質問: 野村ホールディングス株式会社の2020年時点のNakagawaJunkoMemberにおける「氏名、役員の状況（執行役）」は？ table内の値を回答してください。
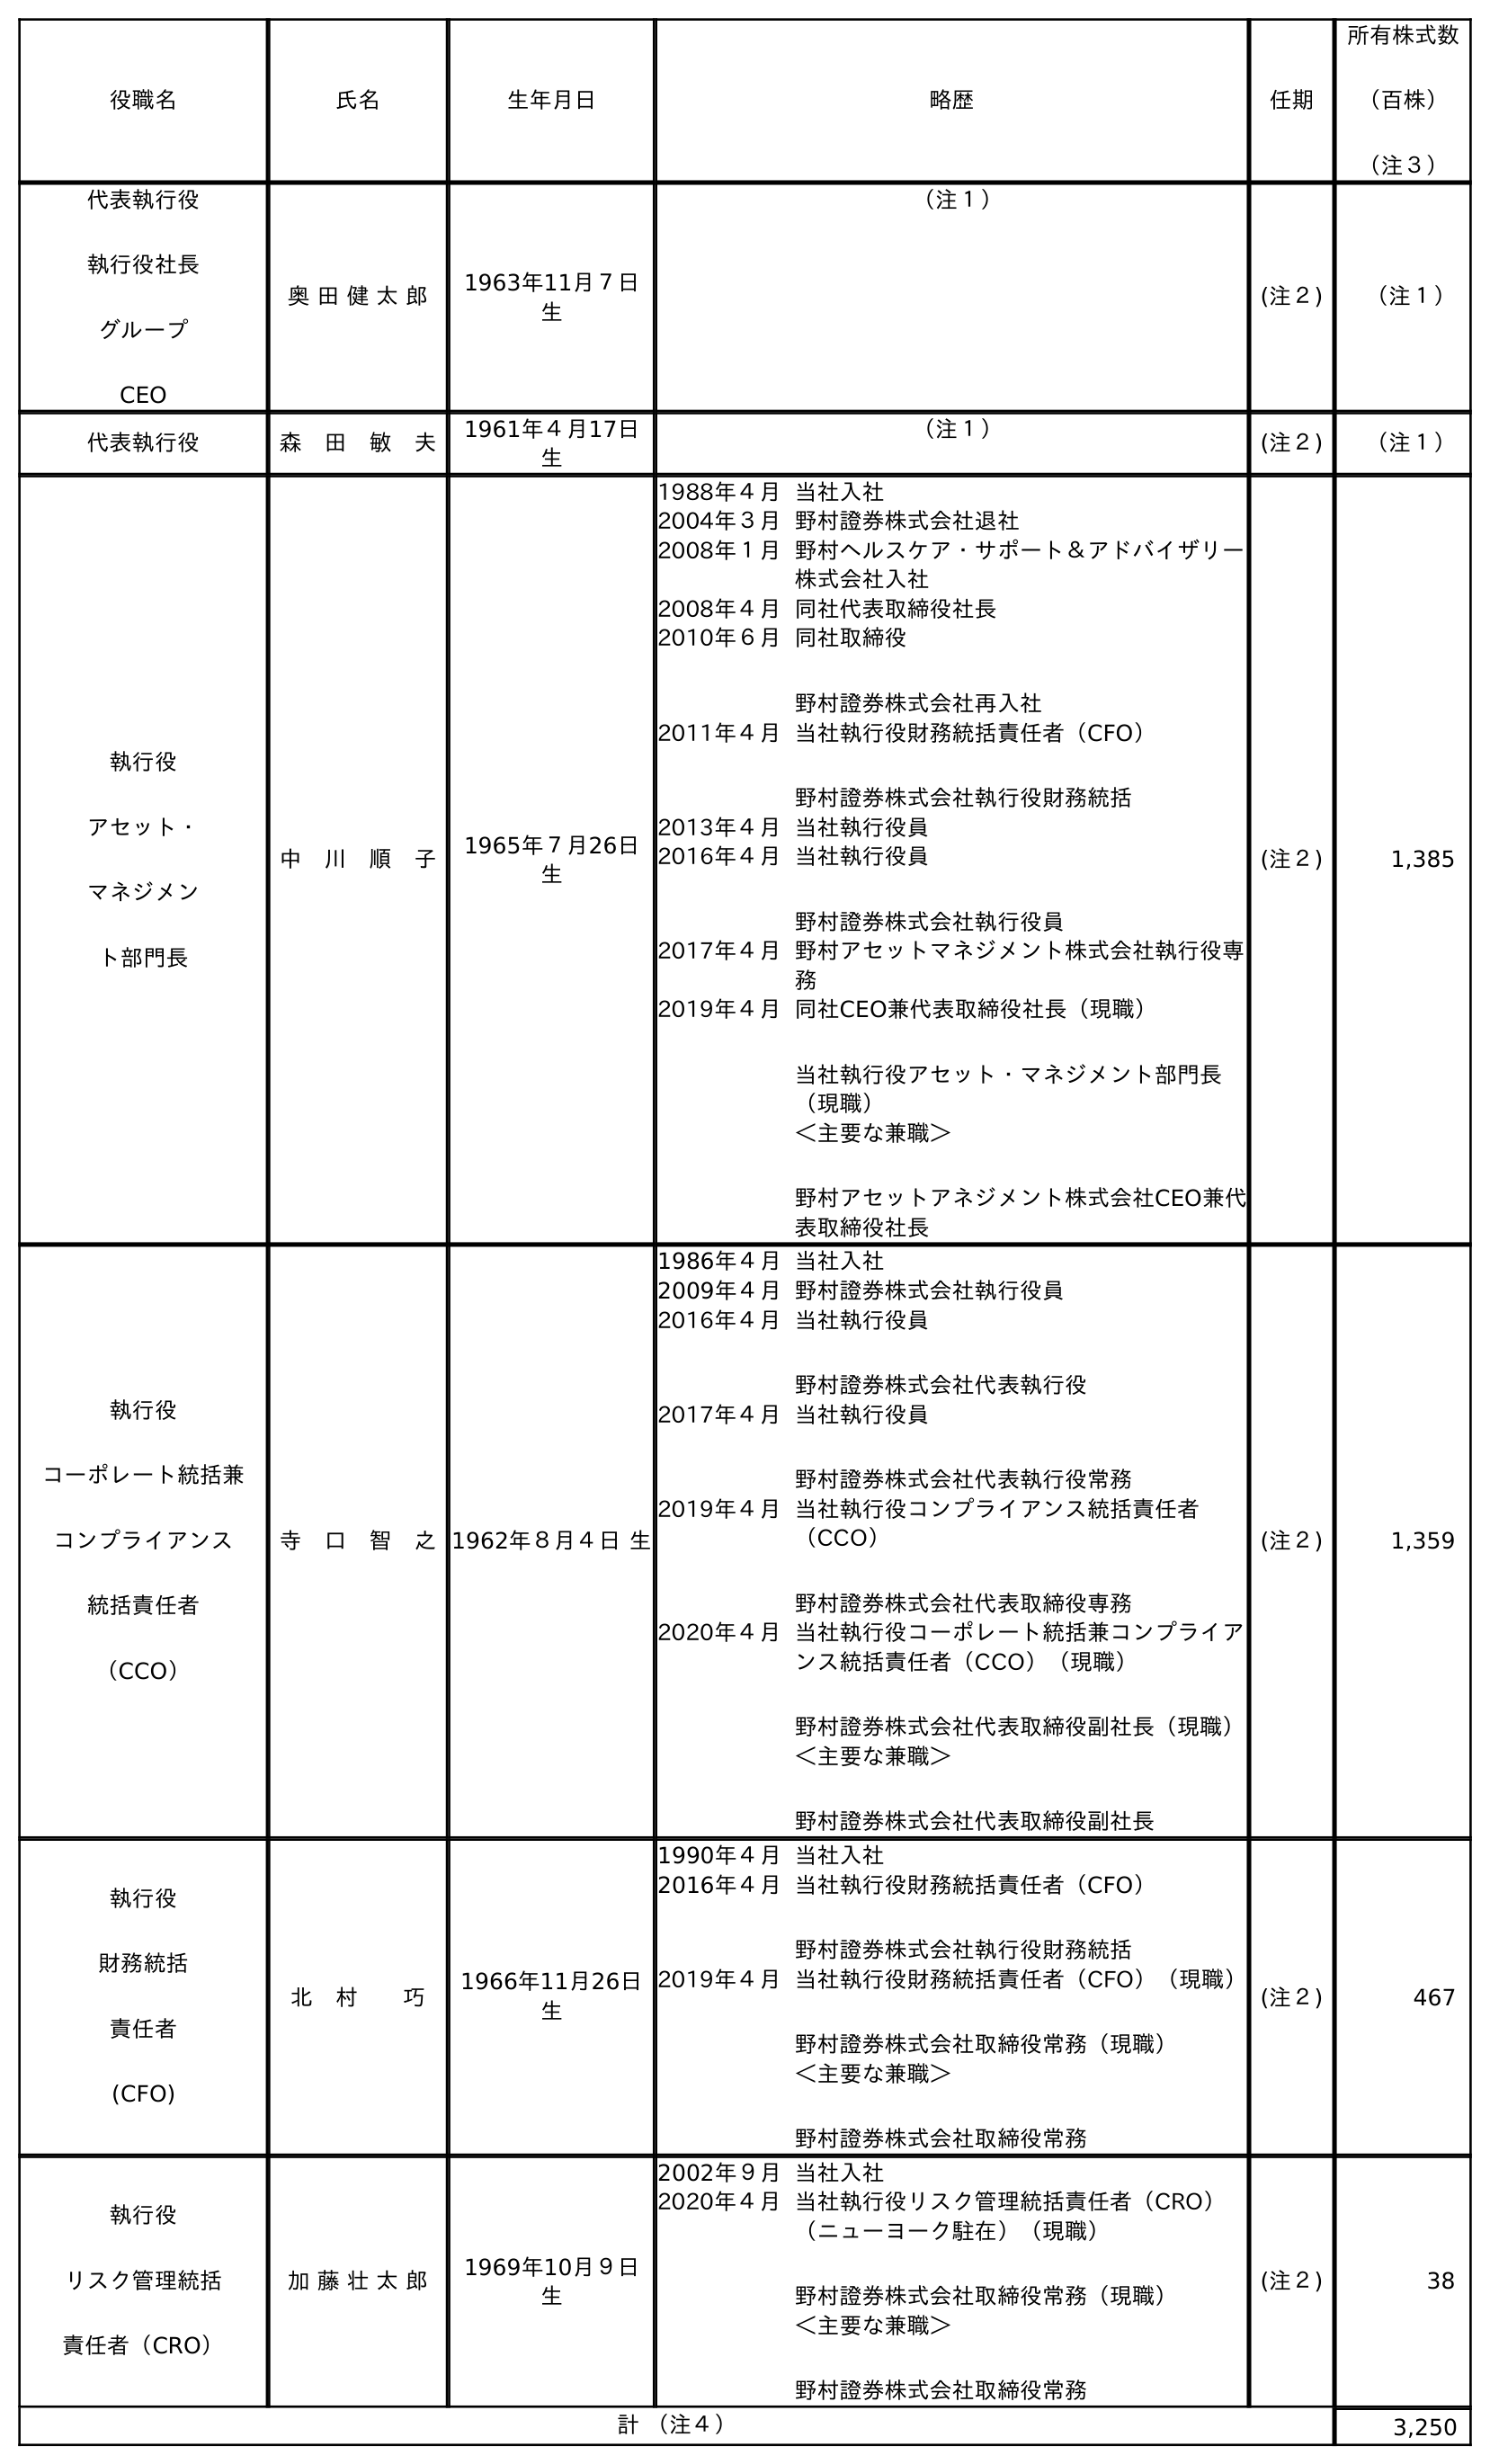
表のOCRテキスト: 役職名 氏名 生年月日 略歴 任期 所有株式数 （百株） （注３） 代表執行役 執行役社長 グループ CEO 奥 田 健 太 郎 1963年11月７日 生 （注１） (注２) （注１） 代表執行役 森 田 敏 夫 1961年４月17日 生 （注１） (注２) （注１） 執行役 アセット・ マネジメン ト部門長 中 川 順 子 1965年７月26日 生 1988年４月当社入社 2004年３月野村證券株式会社退社 2008年１月野村ヘルスケア・サポート＆アドバイザリー 株式会社入社 2008年４月同社代表取締役社長 2010年６月同社取締役 野村證券株式会社再入社 2011年４月当社執行役財務統括責任者（CFO） 野村證券株式会社執行役財務統括 2013年４月当社執行役員 2016年４月当社執行役員 野村證券株式会社執行役員 2017年４月野村アセットマネジメント株式会社執行役専 務 2019年４月同社CEO兼代表取締役社長（現職） 当社執行役アセット・マネジメント部門長 （現職） ＜主要な兼職＞ 野村アセットアネジメント株式会社CEO兼代 表取締役社長 (注２) 1,385 執行役 コーポレート統括兼 コンプライアンス 統括責任者 （CCO） 寺 口 智 之1962年８月４日 生 1986年４月当社入社 2009年４月野村證券株式会社執行役員 2016年４月当社執行役員 野村證券株式会社代表執行役 2017年４月当社執行役員 野村證券株式会社代表執行役常務 2019年４月当社執行役コンプライアンス統括責任者 （CCO） 野村證券株式会社代表取締役専務 2020年４月当社執行役コーポレート統括兼コンプライア ンス統括責任者（CCO）（現職） 野村證券株式会社代表取締役副社長（現職） ＜主要な兼職＞ 野村證券株式会社代表取締役副社長 (注２) 1,359 執行役 財務統括 責任者 (CFO) 北 村  巧 1966年11月26日 生 1990年４月当社入社 2016年４月当社執行役財務統括責任者（CFO） 野村證券株式会社執行役財務統括 2019年４月当社執行役財務統括責任者（CFO）（現職） 野村證券株式会社取締役常務（現職） ＜主要な兼職＞ 野村證券株式会社取締役常務 (注２) 467 執行役 リスク管理統括 責任者（CRO） 加 藤 壮 太 郎 1969年10月９日 生 2002年９月当社入社 2020年４月当社執行役リスク管理統括責任者（CRO） （ニューヨーク駐在）（現職） 野村證券株式会社取締役常務（現職） ＜主要な兼職＞ 野村證券株式会社取締役常務 (注２) 38 計 （注４） 3,250
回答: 中　川　順　子